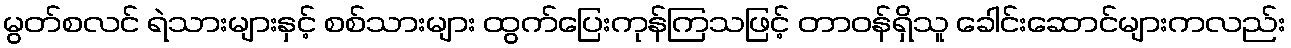
မွတ်စလင် ရဲသားများနှင့် စစ်သားများ ထွက်ပြေးကုန်ကြသဖြင့် တာဝန်ရှိသူ ခေါင်းဆောင်များကလည်း